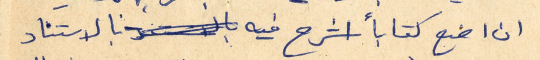
ان اضع كتاباً اشرح فيه بالاستناد